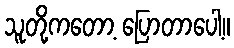
သူတို့ကတော့ ပြောတာပေါ့။